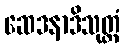
ဆေဒနာဒိသုတ္တံ